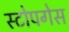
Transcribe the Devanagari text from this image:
स्टोपगेस